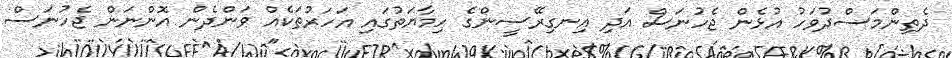
ދެތިންމަސްދުވަހު އުޅެން ޖެހުނަސް އަދި އިނގިރޭސީންގެ ހިމާޔަތުގައި އަހަރުތަކެއް ވަންދެން އޮންނަން ޖެހުނަސް